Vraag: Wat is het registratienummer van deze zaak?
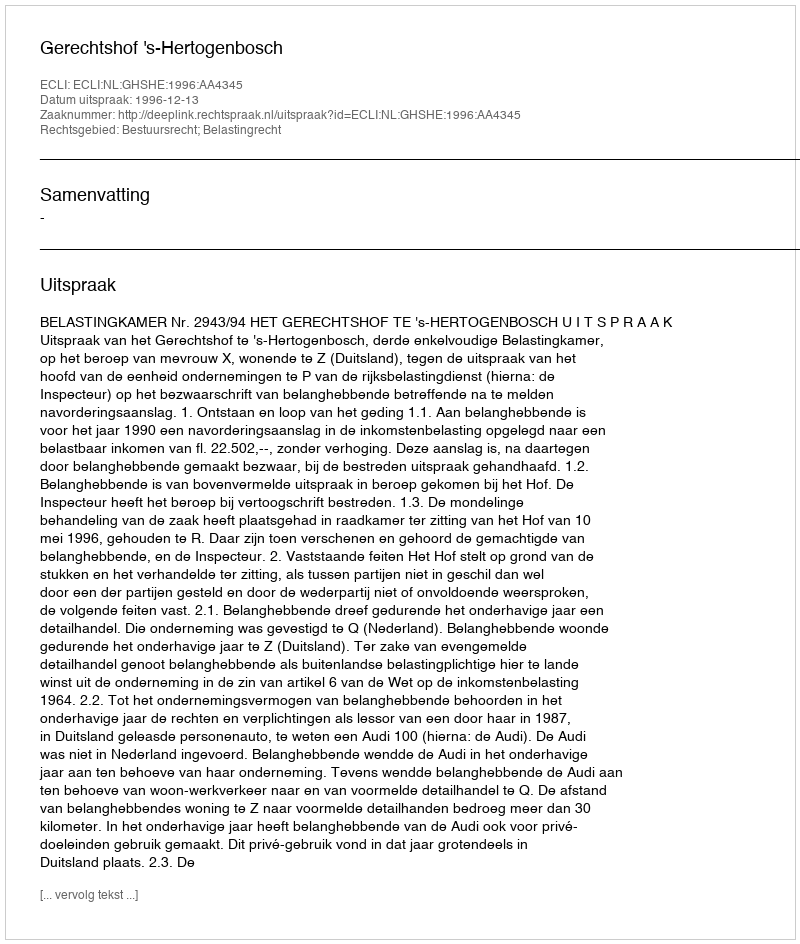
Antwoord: http://deeplink.rechtspraak.nl/uitspraak?id=ECLI:NL:GHSHE:1996:AA4345